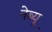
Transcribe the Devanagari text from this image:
नेब्यू